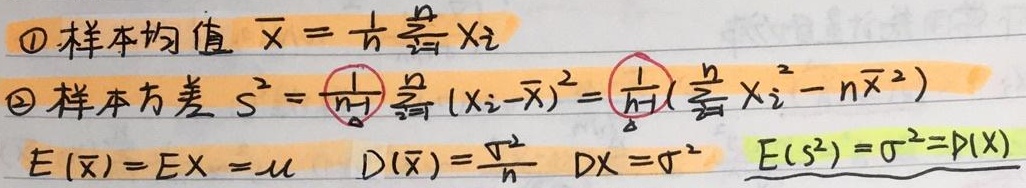
\textcircled{1} 样本均值\(\overline{X}=\frac{1}{n}\sum_{i = 1}^{n}X_{i}\)

\textcircled{2} 样本方差\(S^{2}=\frac{1}{n - 1}\sum_{i = 1}^{n}(X_{i}-\overline{X})^{2}=\frac{1}{n - 1}(\sum_{i = 1}^{n}X_{i}^{2}-n\overline{X}^{2})\)

有\(E(\overline{X}) = EX=\mu\)，\(D(\overline{X})=\frac{\sigma^{2}}{n}\)，\(DX = \sigma^{2}\)，\(E(S^{2})=\sigma^{2}=D(X)\)